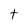
Character: t